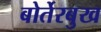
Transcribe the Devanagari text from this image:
बोर्तेरबुख